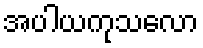
အပါယကုသလော